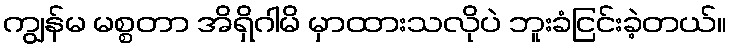
ကျွန်မ မစ္စတာ အိရှိဂါမိ မှာထားသလိုပဲ ဘူးခံငြင်းခဲ့တယ်။